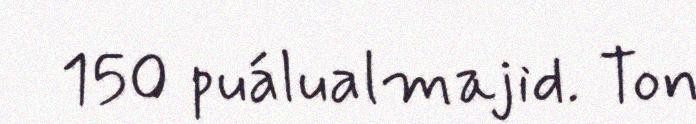
150 puálualmajid. Ton